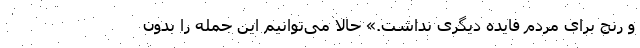
و رنج برای مردم فایده دیگری نداشت.» حالا می‌توانیم این جمله را بدون